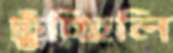
ছুঁচ্ছিলি